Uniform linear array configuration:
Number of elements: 16
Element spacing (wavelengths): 0.25
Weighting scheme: hann
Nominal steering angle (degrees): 15
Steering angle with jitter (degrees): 15.902
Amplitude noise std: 0.05
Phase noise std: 0.05

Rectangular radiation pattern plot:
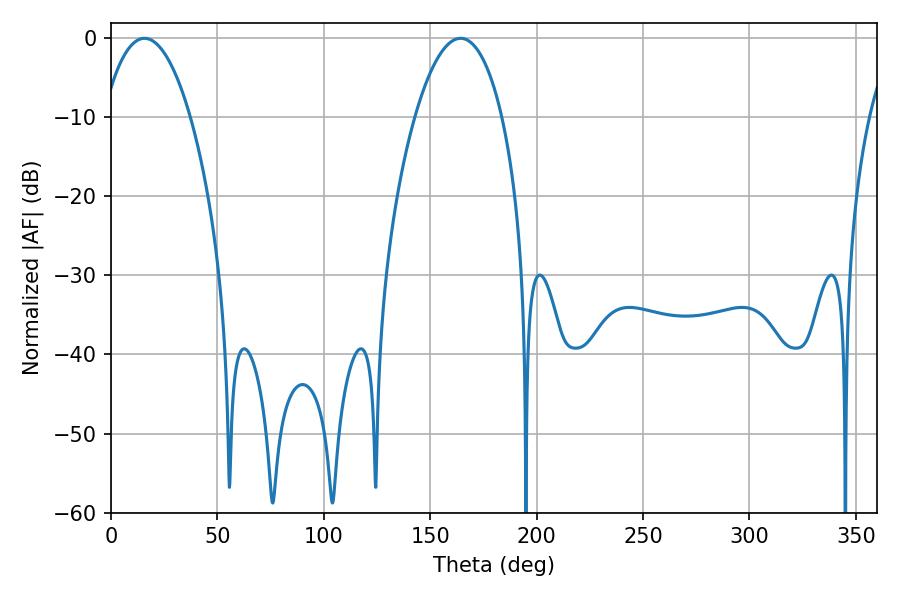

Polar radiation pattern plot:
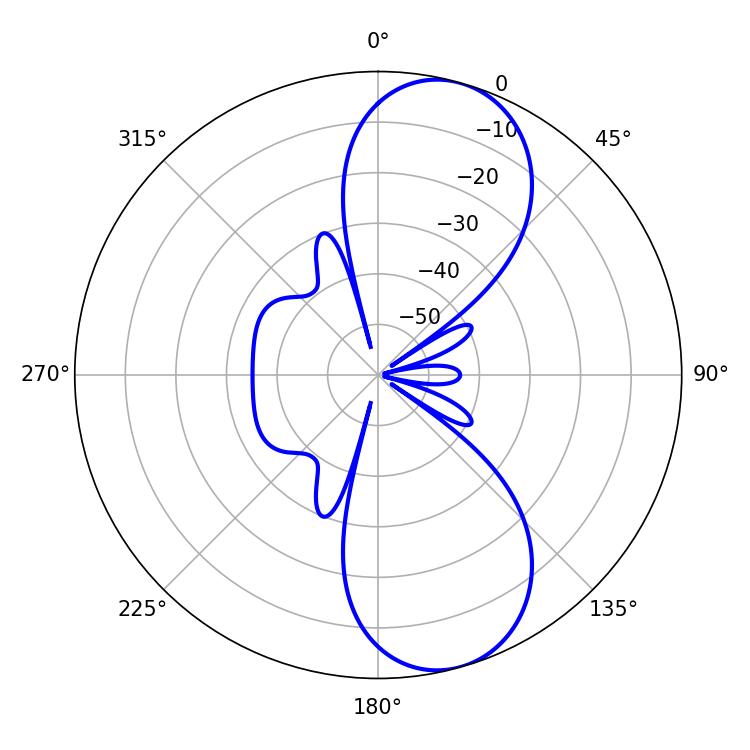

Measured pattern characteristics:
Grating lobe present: FALSE
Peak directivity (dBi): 9.303
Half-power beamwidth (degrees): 22.86
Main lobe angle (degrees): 15.66